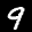
Label: 9